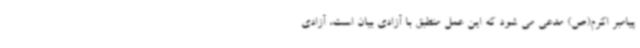
پیامبر اکرم(ص) مدعی می شود که این عمل منطبق با آزادی بیان است، آزادی